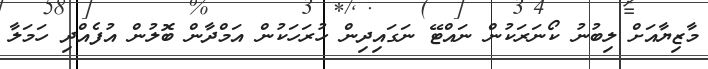
މާޒިޔާއަށް ލިބުނު ކޯނަރަކުން ނައްޓޭ ނަގައިދިން ހުރަހަކުން އަމްދާން ބޮލުން އުފެއްދި ހަމަލާ